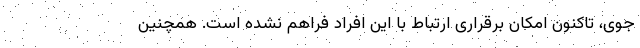
جوی، تاکنون امکان برقراری ارتباط با این افراد فراهم نشده است. همچنین